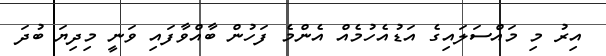
އިރު މި މައްސަލައިގެ އަޑުއެހުމެއް އެންމެ ފަހުން ބާއްވާފައި ވަނީ މިދިޔަ ބުދަ